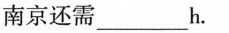
南京还需___h.